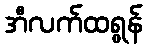
အီလက်ထရွန်